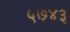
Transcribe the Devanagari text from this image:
५७४३